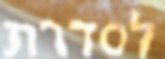
לסדרת